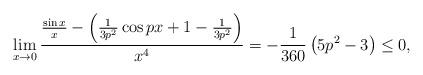
LaTeX: \begin{align*}\lim_{x\rightarrow 0}\frac{\frac{\sin x}{x}-\left( \frac{1}{3p^{2}}\cos px+1-\frac{1}{3p^{2}}\right) }{x^{4}}=-\frac{1}{360}\left( 5p^{2}-3\right) \leq 0,\end{align*}